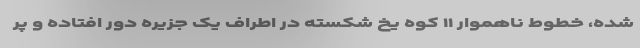
شده، خطوط ناهموار ۱۱ کوه یخ شکسته در اطراف یک جزیره دور افتاده و پر